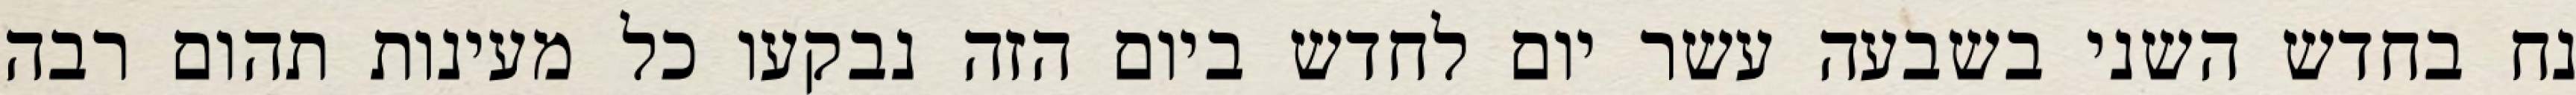
נח בחדש השני בשבעה עשר יום לחדש ביום הזה נבקעו כל מעינות תהום רבה